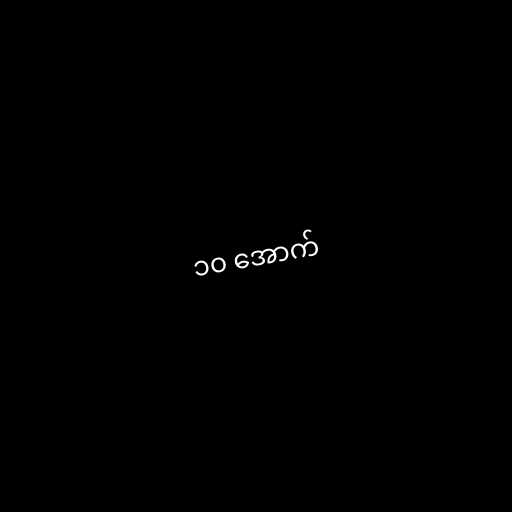
၁၀ အောက်